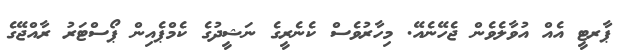
ޕާރޓީ އެއް އުވާލެވެން ޖެހޭނެއޭ. މިހާރުވެސް ކެނެރީގެ ނަޝީދުގެ ކެމްޕެއިން ޕޯސްޓަރު ރާއްޖޭގެ